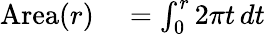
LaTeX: \begin{array}{rl}{\mathrm{Area}(r)}&{{}{}=\int_{0}^{r}2\pi t\, dt}\end{array}